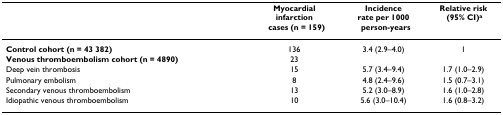
<table><thead><tr><td></td><td><b>Myocardialinfarctioncases (n = 159)</b></td><td><b>Incidencerate per 1000person-years</b></td><td><b>Relative risk (95% CI)<sup>a</sup></b></td></tr></thead><tbody><tr><td><b>Control cohort (n = 43 382)</b></td><td>136</td><td>3.4 (2.9–4.0)</td><td>1</td></tr><tr><td><b>Venous thromboembolism cohort (n = 4890)</b></td><td>23</td><td></td><td></td></tr><tr><td>Deep vein thrombosis</td><td>15</td><td>5.7 (3.4–9.4)</td><td>1.7 (1.0–2.9)</td></tr><tr><td>Pulmonary embolism</td><td>8</td><td>4.8 (2.4–9.6)</td><td>1.5 (0.7–3.1)</td></tr><tr><td>Secondary venous thromboembolism</td><td>13</td><td>5.2 (3.0–8.9)</td><td>1.6 (1.0–2.8)</td></tr><tr><td>Idiopathic venous thromboembolism</td><td>10</td><td>5.6 (3.0–10.4)</td><td>1.6 (0.8–3.2)</td></tr></tbody></table>